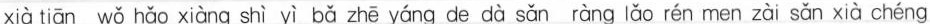
xià tiān wǒ hǎo xiàng shì yì bǎ zhē yáng de dà sǎn ràng lǎo rén men zài sǎn xià chéng